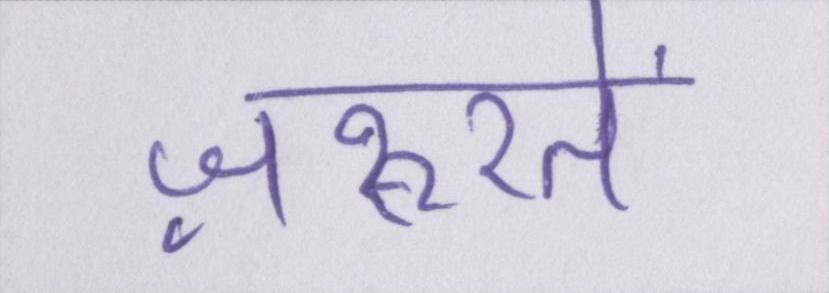
ज़रूरतें